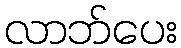
လာဘ်ပေး